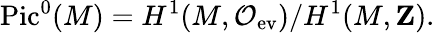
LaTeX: \mathrm{Pic}^{0}(M)=H^{1}(M,{\cal O}_{\mathrm{ev}})/H^{1}(M,{\mathbf Z}).